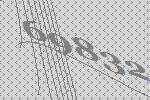
69832